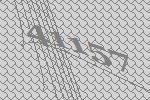
41157